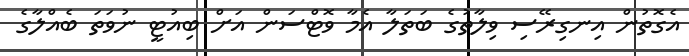
އެގޮތުން އިނގިރޭސި ވިލާތުގެ ބަތަލާ އެމާ ވޮޓްސަން އަށް ބިއުޓީ ނުވަތަ ބެއްލާގެ